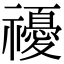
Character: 𥜚